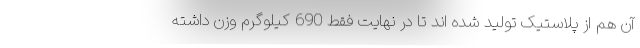
آن هم از پلاستیک تولید شده اند تا در نهایت فقط 690 کیلوگرم وزن داشته